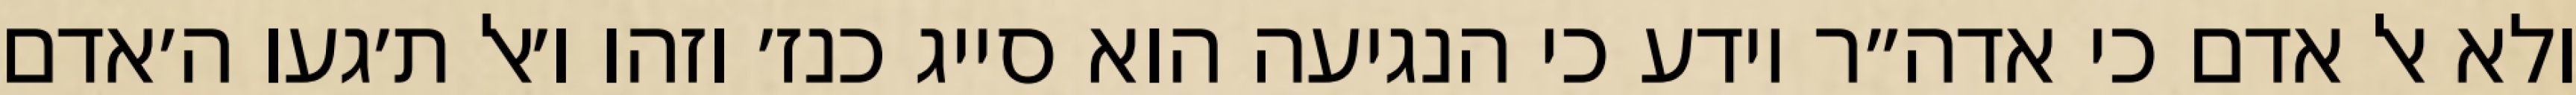
ולא אל אדם כי אדה״ר יודע כי הנגיעה הוא סייג כנז׳ וזהו ו׳אל ת׳געו ה׳אדם